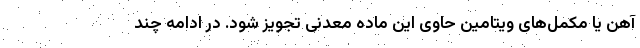
آهن یا مکمل‌های ویتامین حاوی این ماده معدنی تجویز شود. در ادامه چند